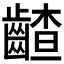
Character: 𪙁